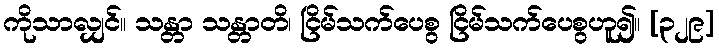
ကိုသာလျှင်။ သန္တာ သန္တာတိ၊ ငြိမ်သက်ပေစွ ငြိမ်သက်ပေစွဟူ၍။ [၃၂၉]